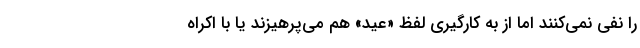
را نفی نمی‌کنند اما از به کارگیری لفظ «عید» هم می‌پرهیزند یا با اکراه